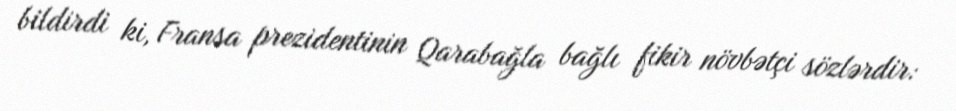
bildirdi ki, Fransa prezidentinin Qarabağla bağlı fikir növbətçi sözlərdir: